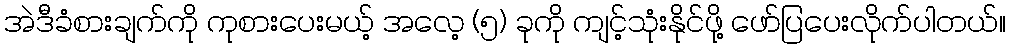
အဲဒီခံစားချက်ကို ကုစားပေးမယ့် အလေ့ (၅) ခုကို ကျင့်သုံးနိုင်ဖို့ ဖော်ပြပေးလိုက်ပါတယ်။